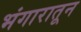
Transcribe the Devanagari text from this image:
भंगारातून